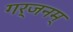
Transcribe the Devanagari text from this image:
गर्जनम्‌